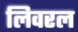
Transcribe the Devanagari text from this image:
लिवरल